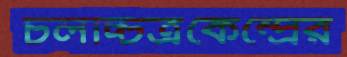
চলচ্চিত্রকেন্দ্রের